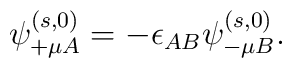
\psi^{(s,0)}_{+ \mu A} = - \epsilon_{AB} \psi^{(s,0)}_{- \mu B}.